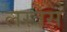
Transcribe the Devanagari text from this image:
लस्त्रेस